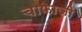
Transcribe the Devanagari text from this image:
चाफाजी